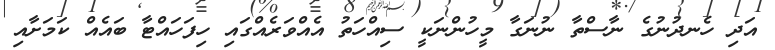
އަދި ހެނދުނުގެ ނާސްތާ ނުނަގާ މީހުންނަކީ ސިއްހަތު އެއްވަރެއްގައި ހިފަހައްޓާ ބައެއް ކަމަށާއި